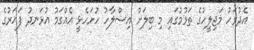
އެދުވަހު މަޖިލީހުގެ ތަޅުމުގައި މި ބިލަށް އިސްލާހު ހުށަހެޅީ އެއްގަމު އުޅަނދު ފަހަރުގެ